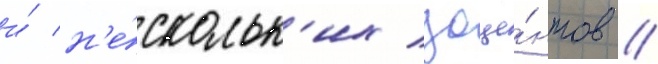
и́ н'е́скольк'их доце́нтов //